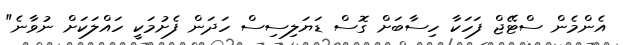
އެންމެން ސްޓޭޖް ފަހަކާ ހިސާބަށް ގޮސް ޑަޔަލިސިސް ހަދަން ފެށުމަކީ ހައްލަކަށް ނުވާނެ"